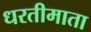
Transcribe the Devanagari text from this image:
धरतीमाता